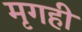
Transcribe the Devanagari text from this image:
मृगही